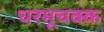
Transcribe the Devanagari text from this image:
धरमूचक्क